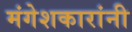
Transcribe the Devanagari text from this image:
मंगेशकारांनी